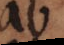
ab